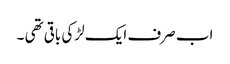
اب صرف ایک لڑکی باقی تھی ۔